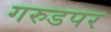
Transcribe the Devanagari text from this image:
गरुडपर